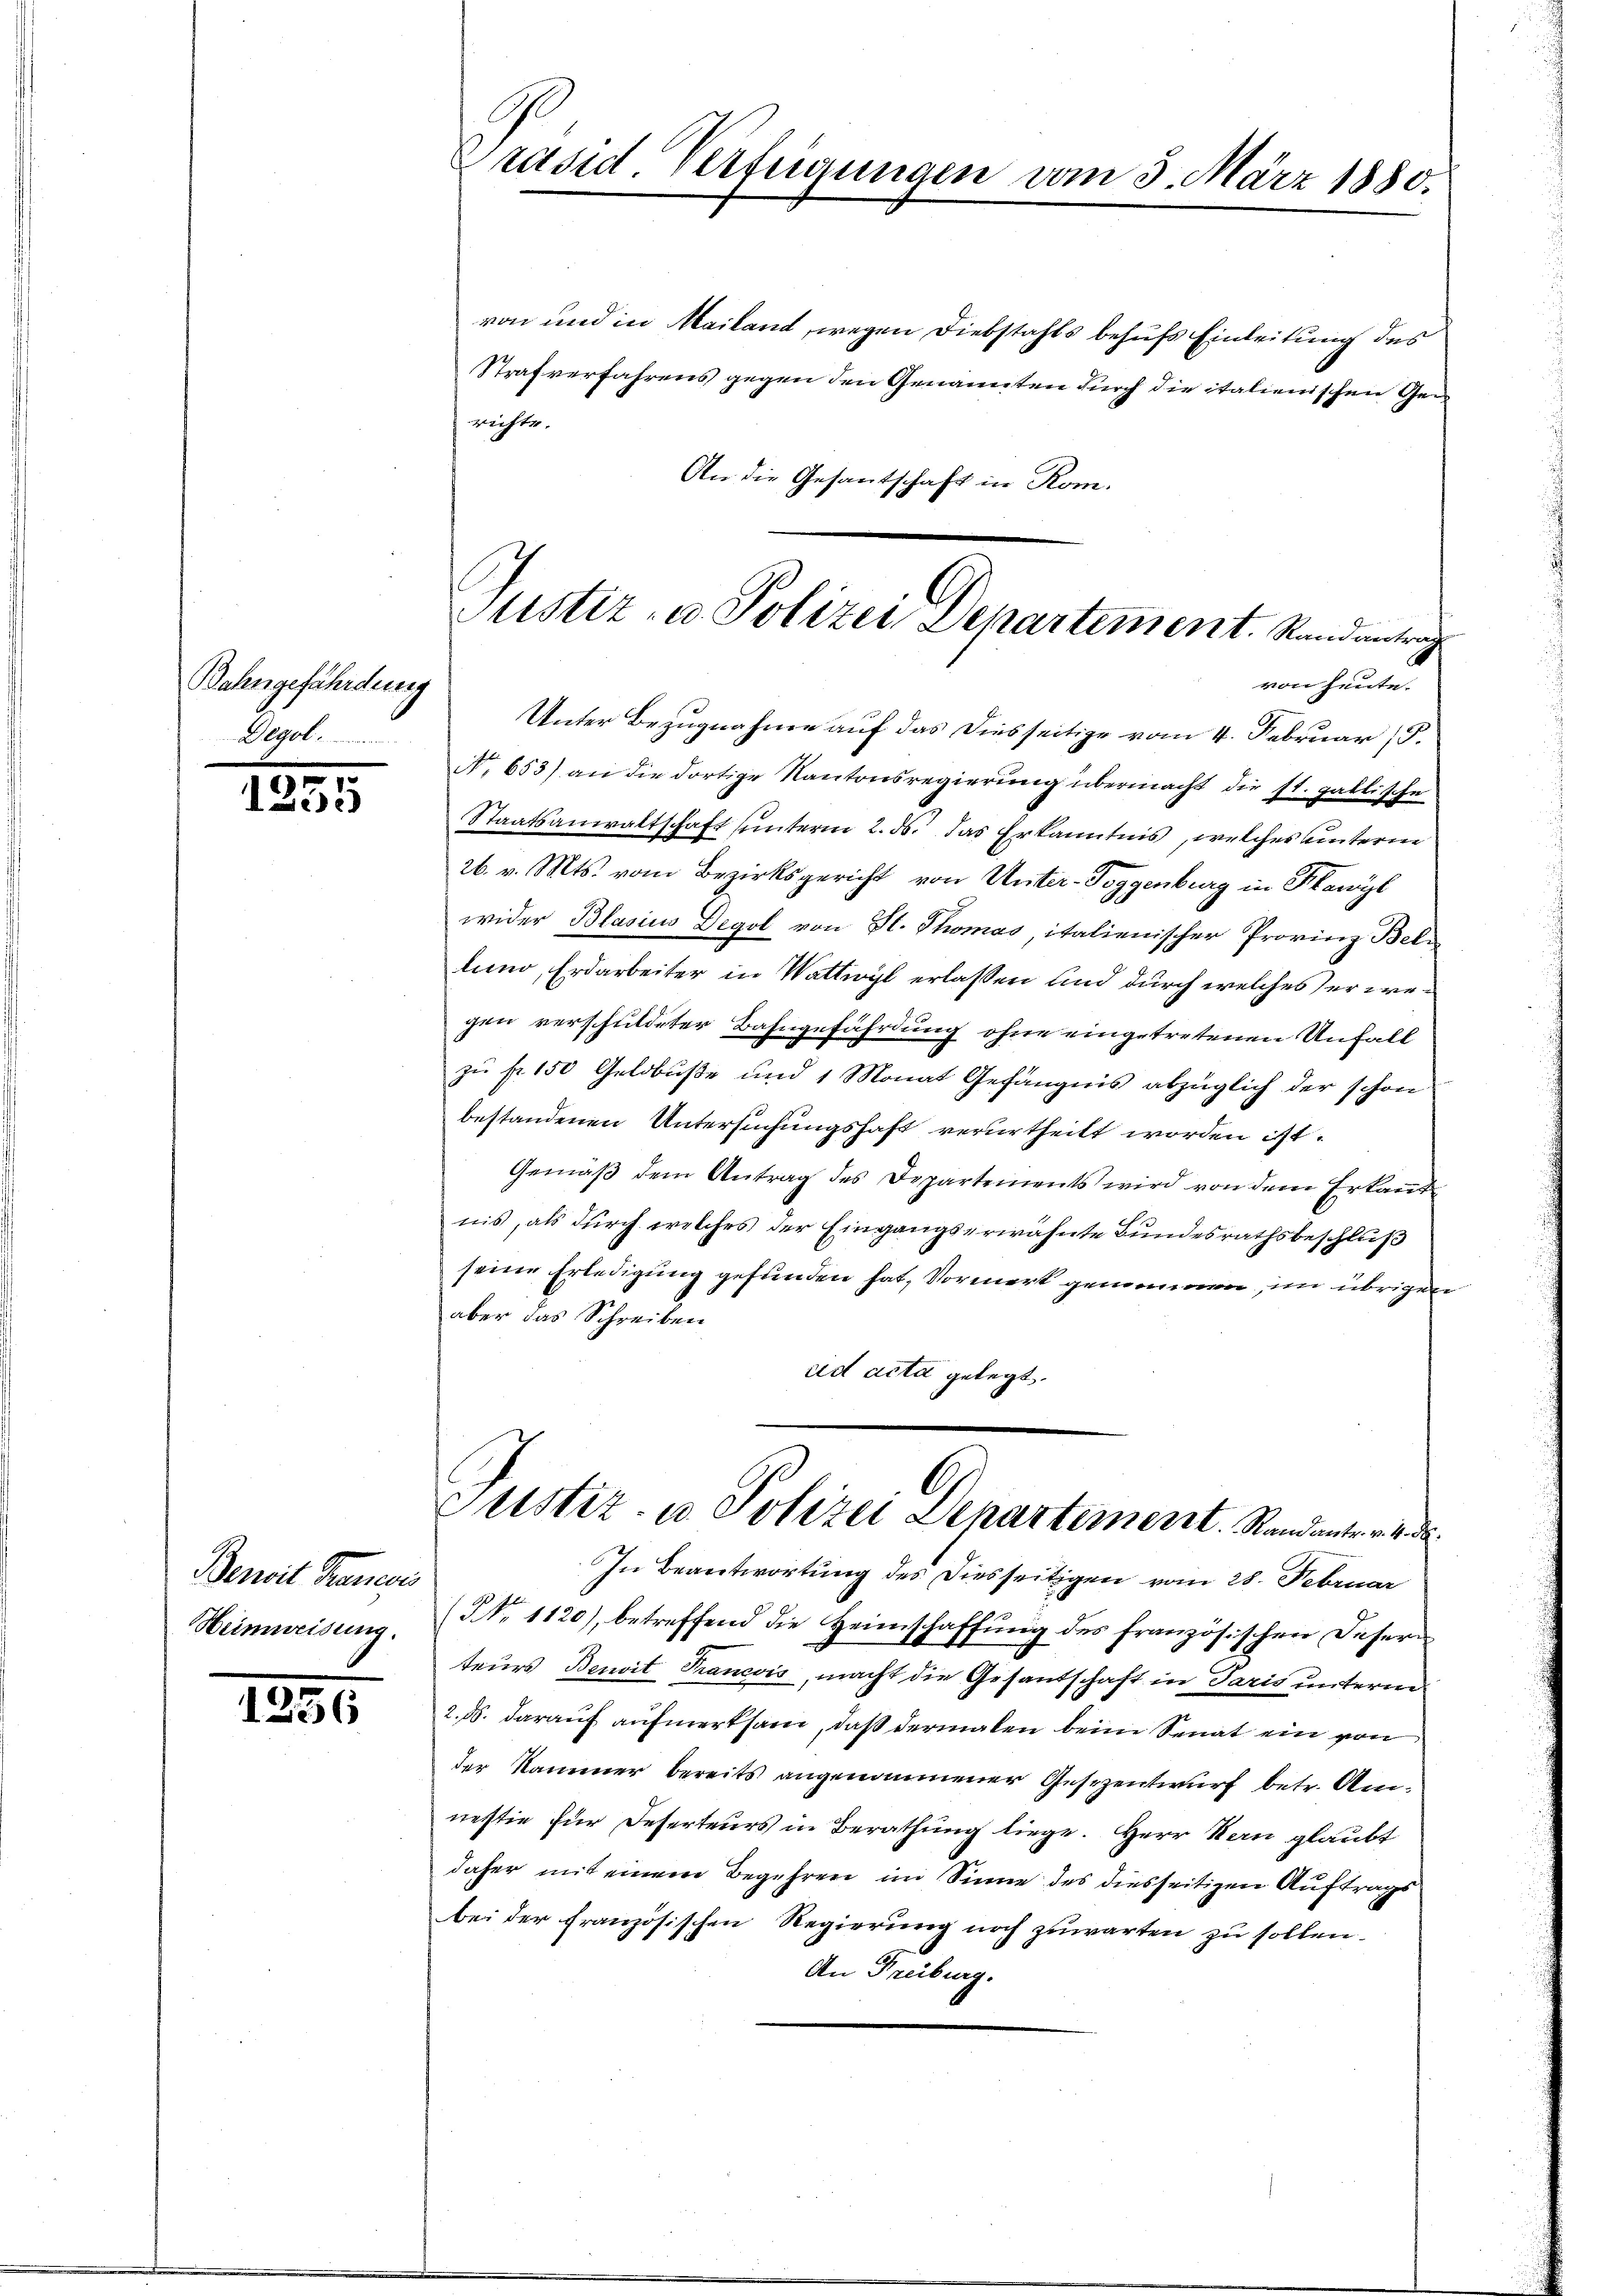
Bahngefährdung
Degol

1
Diser

Benoit Frauers
Heimweisung.

1236

B
Präsid. Verfügungen vom 3. März 1880.

von und in Mailand, wegen Diebstahls behufs Einleitung des
Strafverfahrens gegen den Genannten durch die italienischen Gerichte.
An die Gesantschaft in Rom.

Justiz- u. Polizei Departement. Standentrag
von heute.

Unter Bezugnahme auf das Diesseitige vom 4. Februar (S.
No 653) an die dortige Kantonsregierung übermacht die st. gallische
Staatsanwaltschaft unterm 2. ds. das Erkanntnis, welches unterm
26. v. Mts. vom Bezirksgericht von Unter-Toggenburg in Flawyl
wider Blasius Degol von St. Thomas italienischer Provinz Beli
lung, Erdarbeiter in Wattwyl erlassen und durch welches der regen verschuldeter Bahngefährdung ohne eingetretenen Unfall
zu fr. 150 Geldbuße und 1 Monat Gefängnis abzüglich der schon
bestandenen Untersuchungshaft verurtheilt worden ist.
Gemäß dem Antrag des Departements wird von dem Erkannt
nis, als durch welches der Eingangserwähnte Bundesrathsbeschluß
seine Erledigung gefunden hat, Vormerk gemeinnen, im übrigen
aber das Schreiben
ad acta gelegt.
l
Justiz- u. Polizei Departement. Randanter 4 d
In Beantwortung des Diesseitigen vom 28. Februar
(NNo. 1120), betreffend die Heimschaffŭng des französischen Desern
teurs Benoit Trancois, macht die Gesantschaft in Paris unterm
2. d. darauf aufmerksam, daß dermalen beim Senat ein von
der Kammer bereits angenommener Gesezentwurf betr. Amnestie für Deserteurs in Berathung liege. Herr Man glaubt
daher mit einem Begehren im Sinne des diesseitigen Auftrags
bei der Französischen Regierung noch zuwarten zu sollen.
An Freiburg.